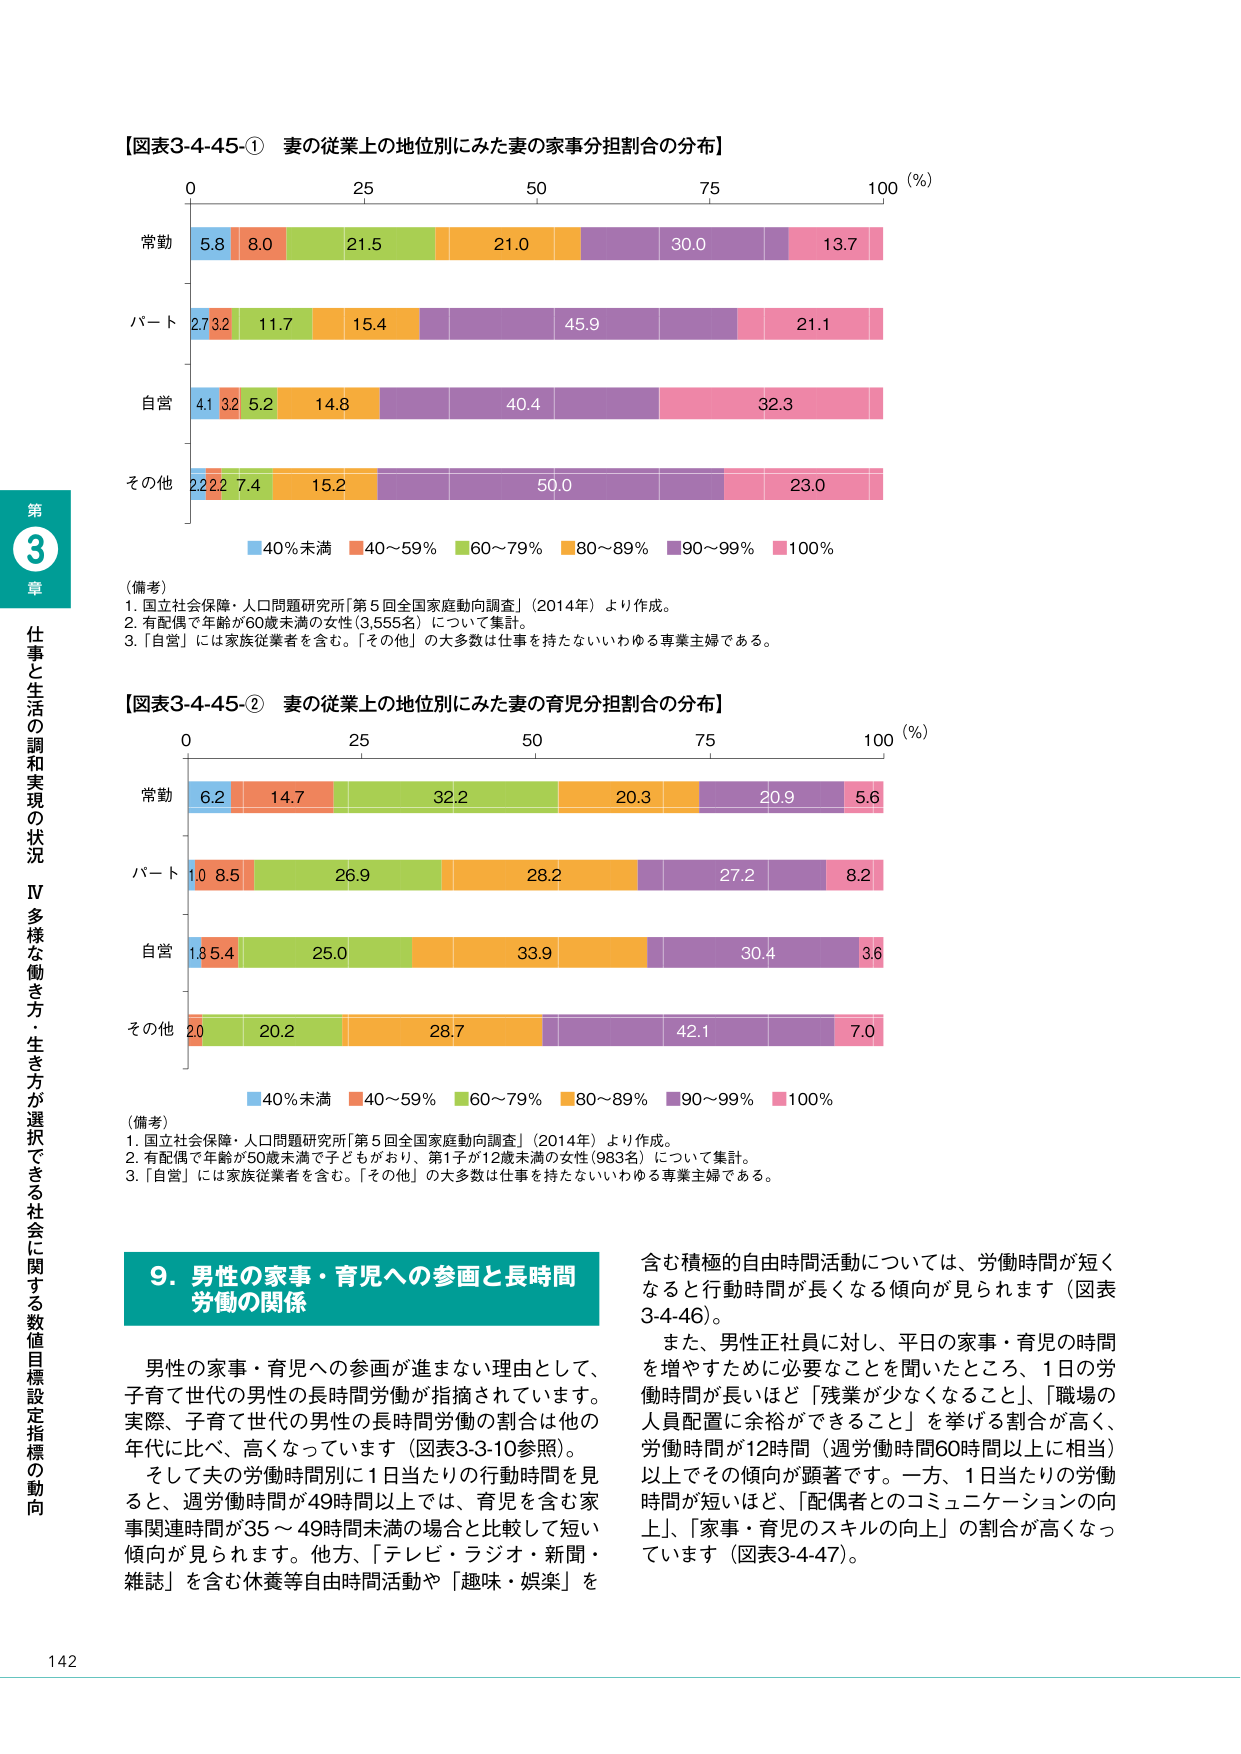
【図表3-4-45-① 妻の従業上の地位別にみた妻の家事分担割合の分布】

0 25 50 75 100 (%)

常勤 5.8 8.0 21.5 21.0 30.0 13.7

パート 2.7 3.2 11.7 15.4 45.9 21.1

自営 4.1 3.2 5.2 14.8 40.4 32.3

その他 2.2 2.2 7.4 15.2 50.0 23.0

■40%未満 ■40～59% ■60～79% ■80～89% ■90～99% ■100%

（備考）
1. 国立社会保障・人口問題研究所「第5回全国家庭動向調査」（2014年）より作成。
2. 有配偶で年齢が60歳未満の女性（3,555名）について集計。
3. 「自営」には家族従業者を含む。「その他」の大多数は仕事を持たないいわゆる専業主婦である。

【図表3-4-45-② 妻の従業上の地位別にみた妻の育児分担割合の分布】

0 25 50 75 100 (%)

常勤 6.2 14.7 32.2 20.3 20.9 5.6

パート 1.0 8.5 26.9 28.2 27.2 8.2

自営 1.8 5.4 25.0 33.9 30.4 3.6

その他 2.0 20.2 28.7 42.1 7.0

■40%未満 ■40～59% ■60～79% ■80～89% ■90～99% ■100%

（備考）
1. 国立社会保障・人口問題研究所「第5回全国家庭動向調査」（2014年）より作成。
2. 有配偶で年齢が50歳未満で子どもがおり、第1子が12歳未満の女性（983名）について集計。
3. 「自営」には家族従業者を含む。「その他」の大多数は仕事を持たないいわゆる専業主婦である。

9. 男性の家事・育児への参画と長時間労働の関係

男性の家事・育児への参画が進まない理由として、子育て世代の男性の長時間労働が指摘されています。実際、子育て世代の男性の長時間労働の割合は他の年代に比べ、高くなっています（図表3-3-10参照）。

そして夫の労働時間別に1日当たりの行動時間を見ると、週労働時間が49時間以上では、育児を含む家事関連時間が35～49時間未満の場合と比較して短い傾向が見られます。他方、「テレビ・ラジオ・新聞・雑誌」を含む休養等自由時間活動や「趣味・娯楽」を含む積極的自由時間活動については、労働時間が短くなると行動時間が長くなる傾向が見られます（図表3-4-46）。

また、男性正社員に対し、平日の家事・育児の時間を増やすために必要なことを聞いたところ、1日の労働時間が長いほど「残業が少なくなること」、「職場の人員配置に余裕ができること」を挙げる割合が高く、労働時間が12時間（週労働時間60時間以上に相当）以上でその傾向が顕著です。一方、1日当たりの労働時間が短いほど、「配偶者とのコミュニケーションの向上」、「家事・育児のスキルの向上」の割合が高くなっています（図表3-4-47）。

第3章 仕事と生活の調和実現の状況 IV 多様な働き方・生き方が選択できる社会に関する数値目標設定指標の動向

142